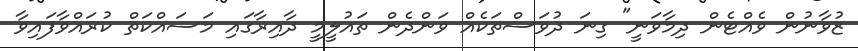
ޒުވާނުން ވެއްޓެން ދިމާވަނީ" ގިނަ ދުވަސްތަކެއް ވަންދެން ތައުލީމީ ދާއިރާގައި މަސައްކަތް ކުރައްވާފައިވާ